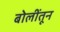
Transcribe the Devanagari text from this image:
बोलींतून